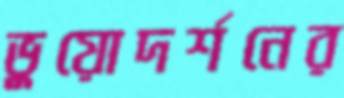
ভুয়োদর্শনের